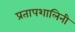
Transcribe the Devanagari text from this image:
प्रतापशालिनी